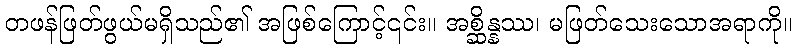
တဖန်ဖြတ်ဖွယ်မရှိသည်၏ အဖြစ်ကြောင့်၎င်း။ အစ္ဆိန္နဿ၊ မဖြတ်သေးသောအရာကို။